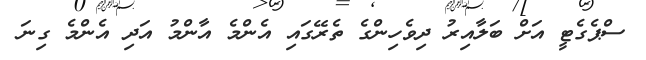
ސްޕެގެޓީ އަށް ބަލާއިރު ދިވެހިންގެ ތެރޭގައި އެންމެ އާންމު އަދި އެންމެ ގިނަ